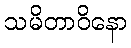
သမိတာဝိနော